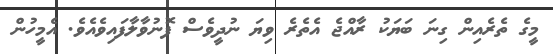
މީގެ ތެރެއިން ގިނަ ބަޔަކު ރާއްޖެ އެތެރެ ވިޔަ ނުދީވެސް ފޮނުވާލާފައިވެއެވެ. އެމީހުން